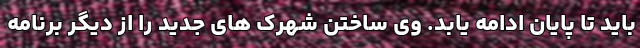
باید تا پایان ادامه یابد. وی ساختن شهرک های جدید را از دیگر برنامه